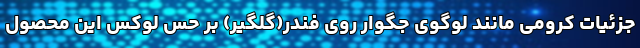
جزئیات کرومی مانند لوگوی جگوار روی فندر(گلگیر) بر حس لوکس این محصول